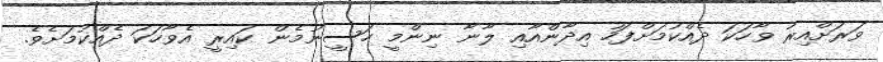
ވަރަށްއިރު ވާހަކަ ދެއްކުމަށްފަހު އިދާންއާއި ލާނާ ނިންމީ ހަސީނުމެން ކައިރީ އެވާހަކަ ދެއްކުމަށެވެ.